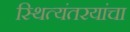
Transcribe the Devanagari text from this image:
स्थित्यंतरयांचा